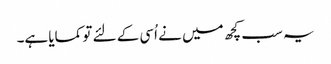
یہ سب کچھ میں نے اُسی کے لئے تو کمایا ہے۔